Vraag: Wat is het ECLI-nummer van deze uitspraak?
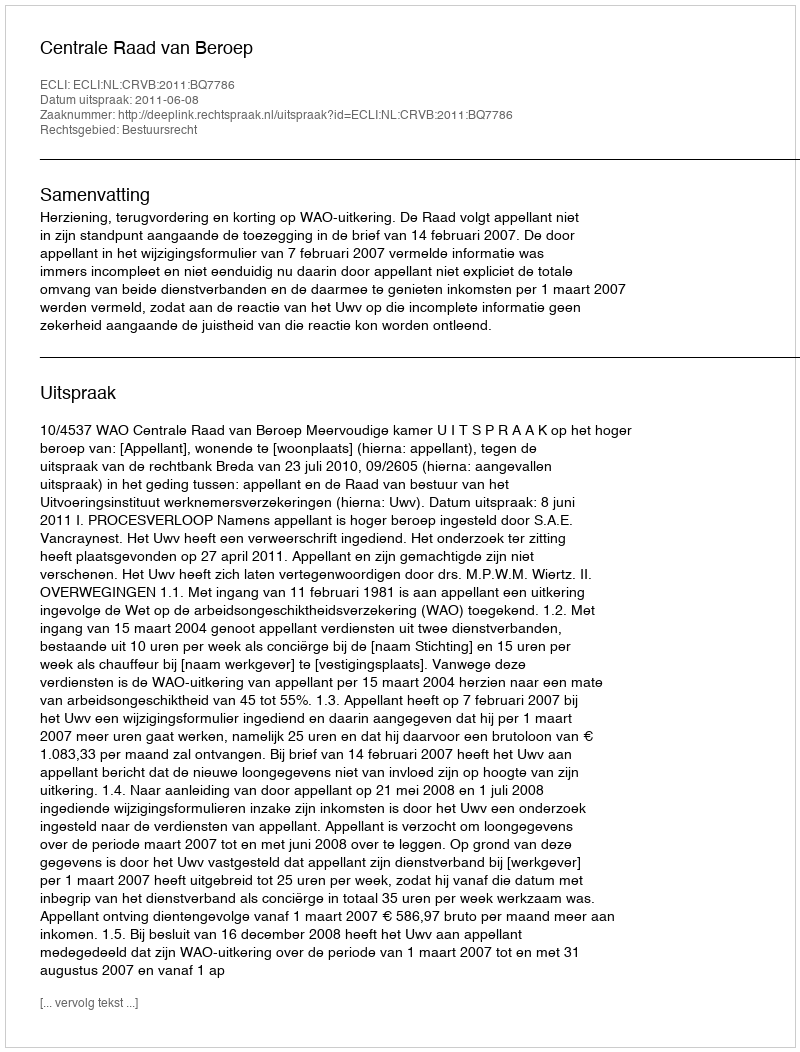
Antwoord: ECLI:NL:CRVB:2011:BQ7786